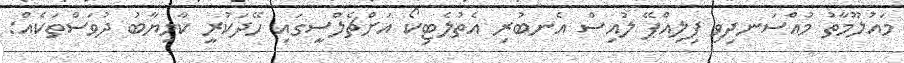
މައުލޫމާތު މުއްސަނދިވި ފިލިއްޕޭ ލުއިސް އެނބުރި އެތުލެޓިކޯ އަށްޗެލްސީގައި ހޭދަކުރީ ކާމިޔާބު ދުވަސްތަކެއް: